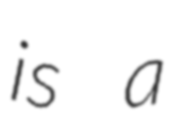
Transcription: is a